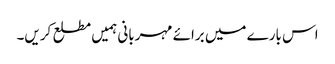
اس بارے میں برائے مہربانی ہمیں مطلع کریں۔